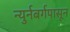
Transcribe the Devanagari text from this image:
न्युर्नबर्गपासून